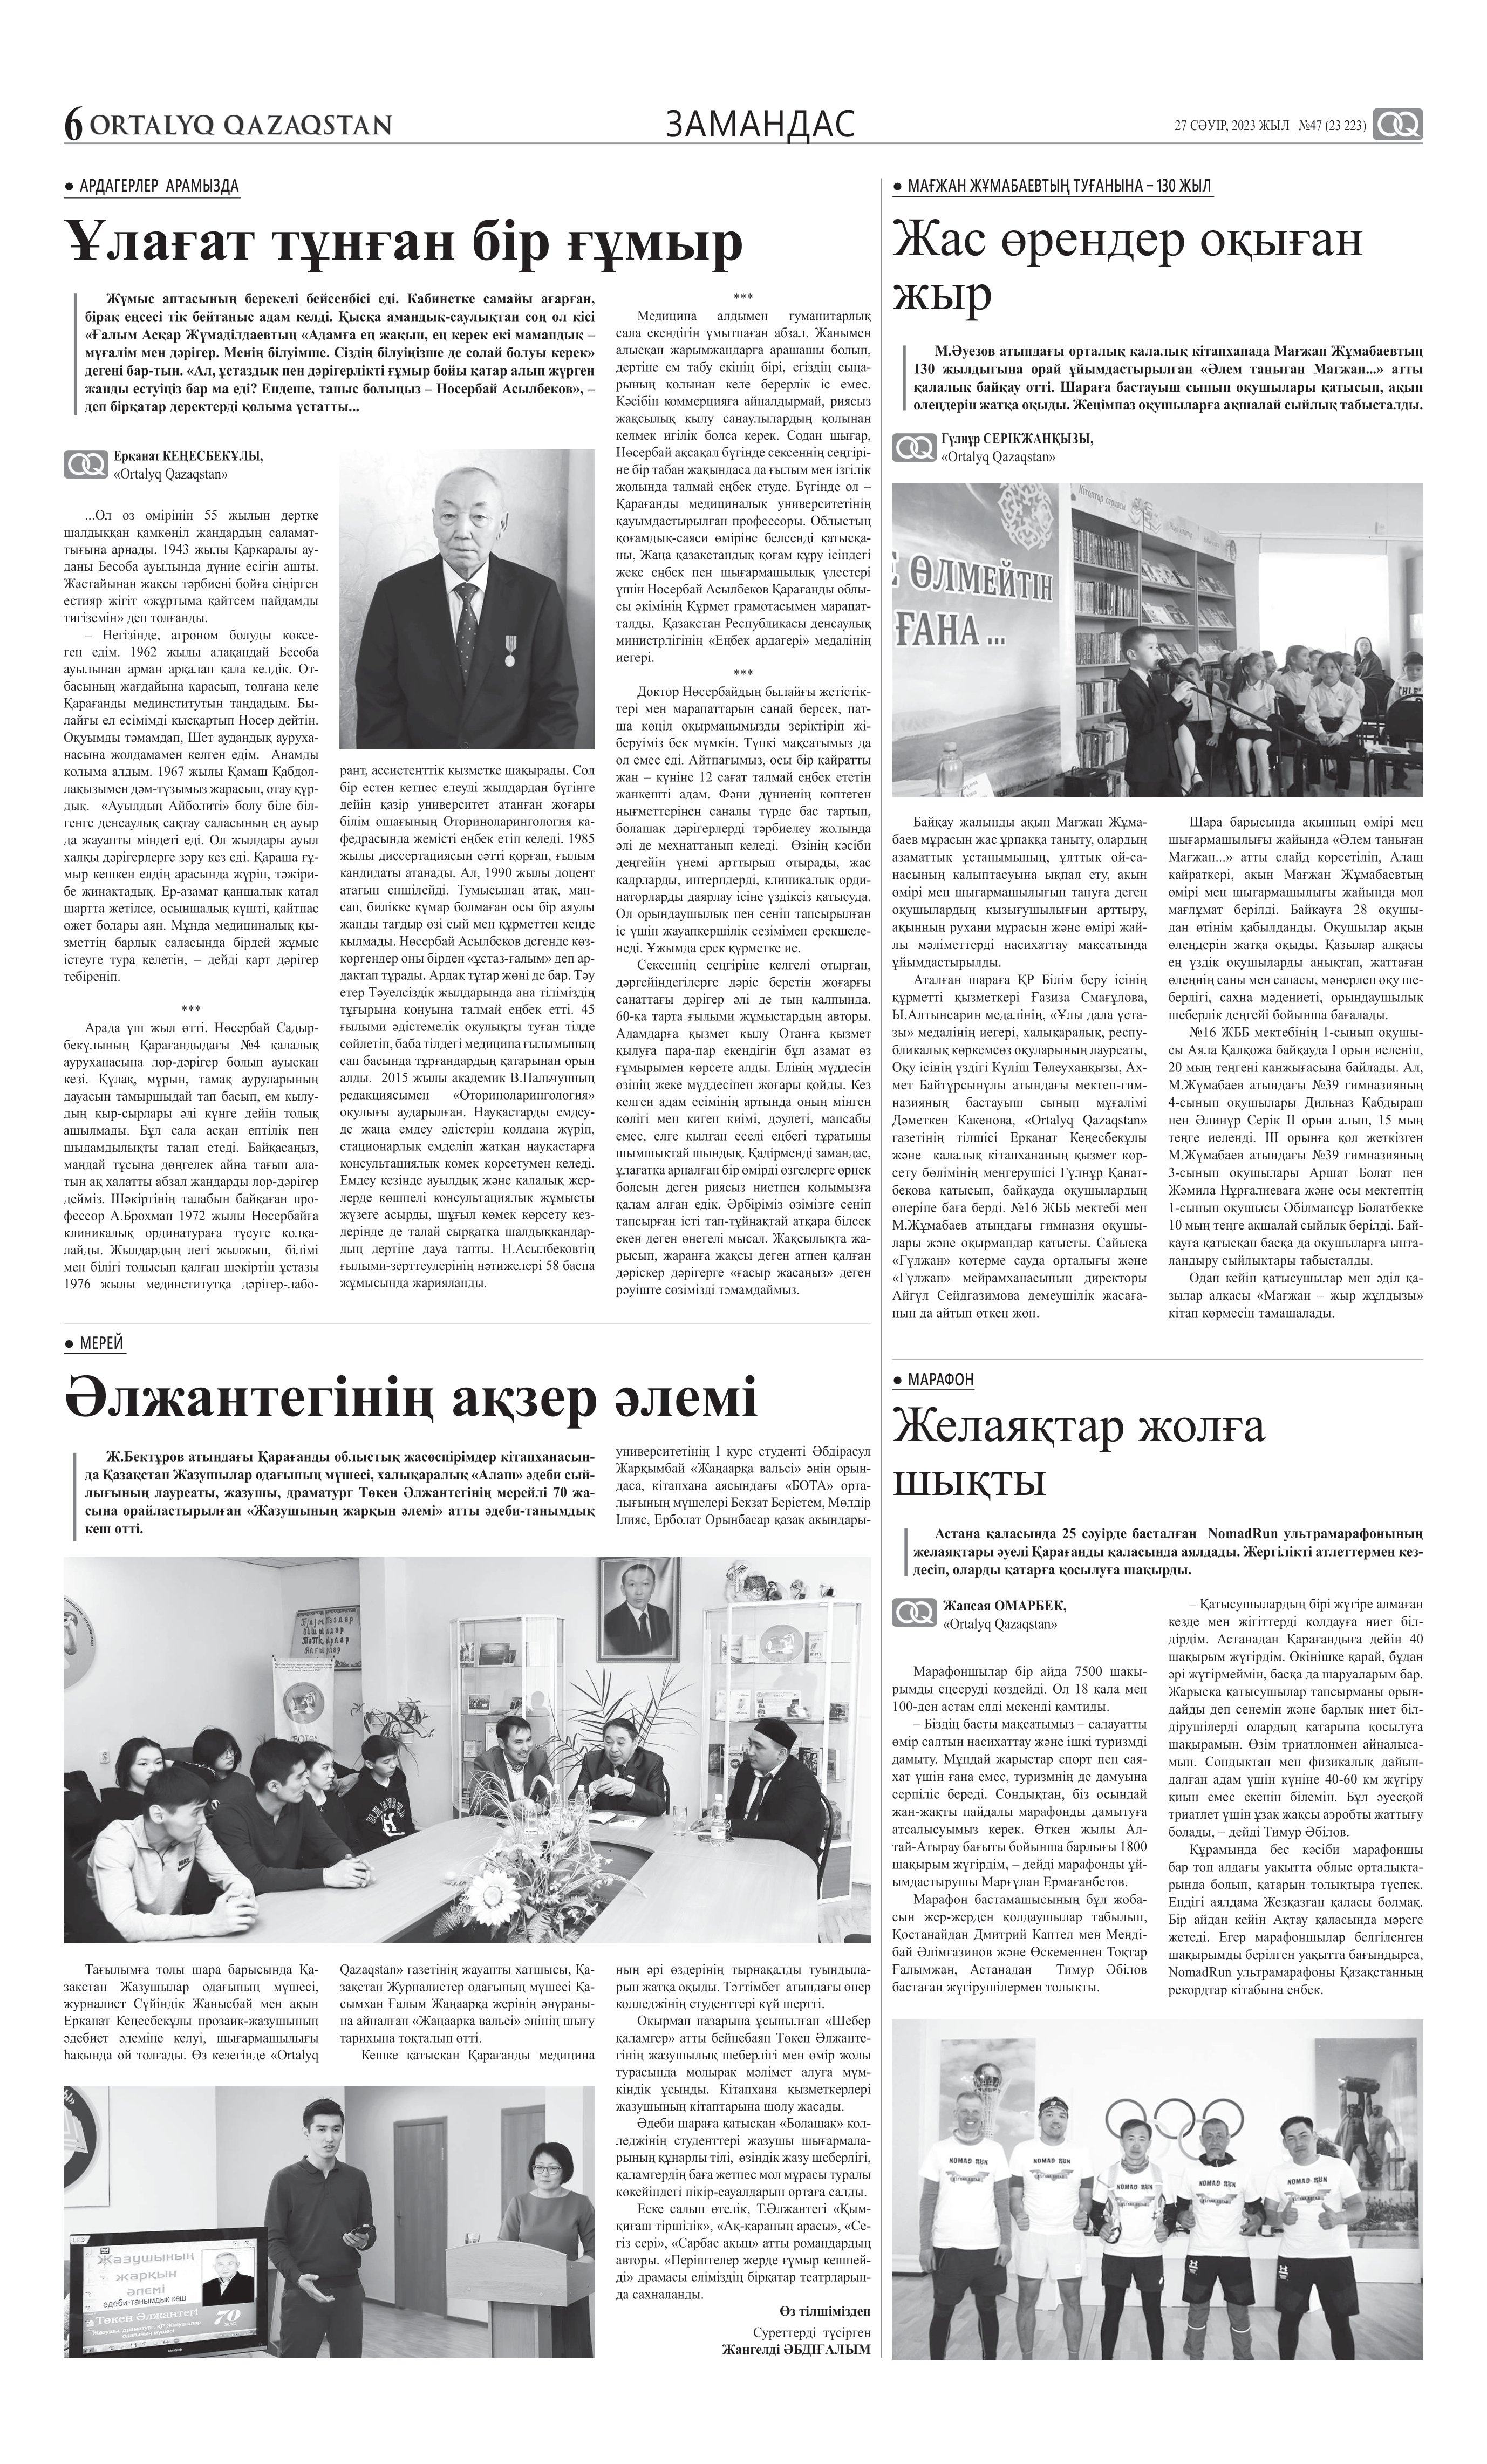
Language: kk